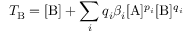
T _ { \mathrm { B } } = [ \mathrm { B } ] + \sum _ { i } q _ { i } \beta _ { i } [ \mathrm { A } ] ^ { p _ { i } } [ \mathrm { B } ] ^ { q _ { i } }